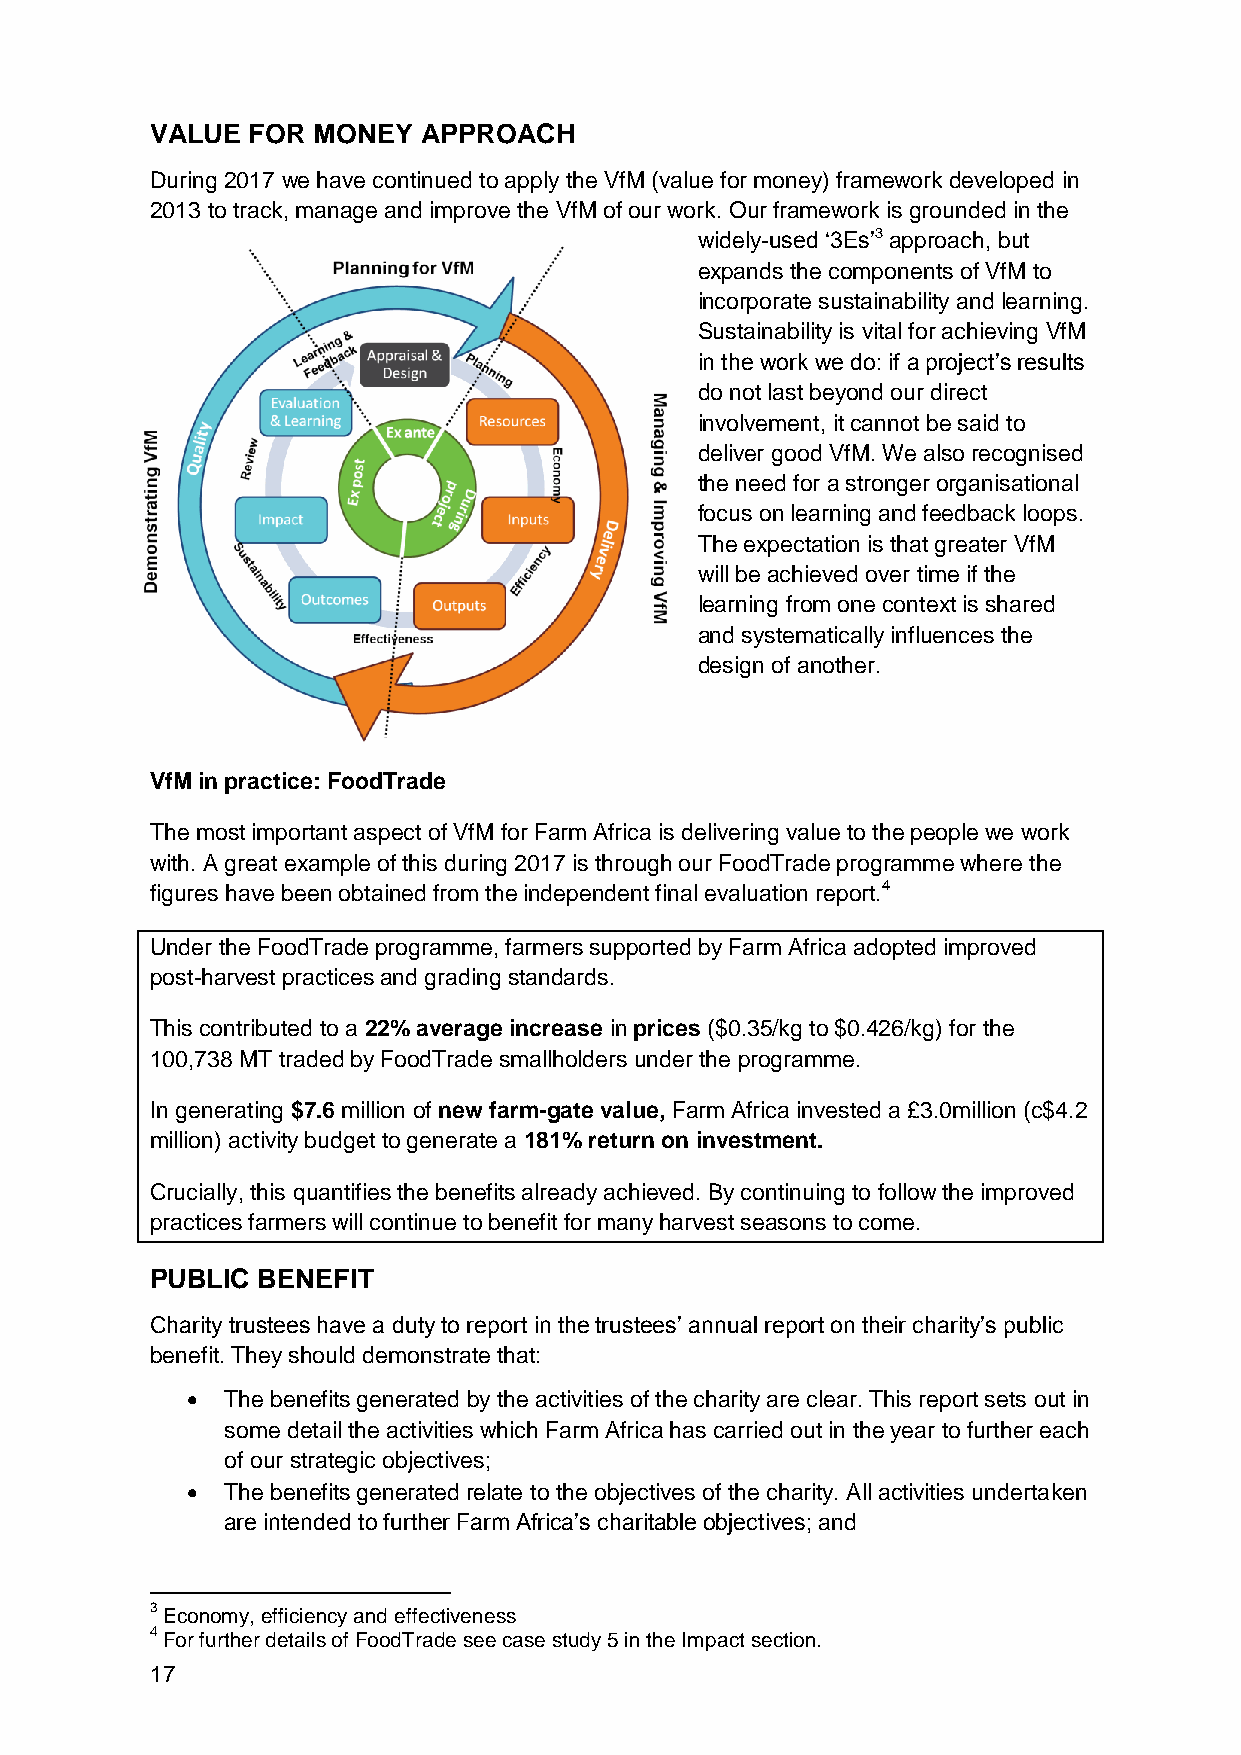
VALUE FOR  MONEY  APPROACH
 During 2017 we have continued to apply the VfM (value for money) framework developed in
 2013 to track, manage and improve the VfM of our work. Our framework is grounded in the
 widely-used ‘3Es’3 approach, but
 expands the components of VfM to
 incorporate sustainability and learning.
 Sustainability is vital for achieving VfM
 in the work we do: if a project’s results
 do not last beyond our direct
 involvement, it cannot be said to
 deliver good VfM. We also recognised
 the need for a stronger organisational
 focus on learning and feedback loops.
 The expectation is that greater VfM
 will be achieved over time if the
 learning from one context is shared
 and systematically influences the
 design of another.
 VfM in practice: FoodTrade
 The most important aspect of VfM for Farm Africa is delivering value to the people we work
 with. A great example of this during 2017 is through our FoodTrade programme where the
 figures have been obtained from the independent final evaluation report.4
 Under the FoodTrade programme, farmers supported by Farm Africa adopted improved
 post-harvest practices and grading standards.
 This contributed to a 22% average increase in prices ($0.35/kg to $0.426/kg) for the
 100,738 MT traded by FoodTrade smallholders under the programme.
 In generating $7.6 million of new farm-gate value, Farm Africa invested a £3.0million (c$4.2
 million) activity budget to generate a 181% return on investment.
 Crucially, this quantifies the benefits already achieved. By continuing to follow the improved
 practices farmers will continue to benefit for many harvest seasons to come.
 PUBLIC BENEFIT
 Charity trustees have a duty to report in the trustees’ annual report on their charity’s public
 benefit. They should demonstrate that:
   The benefits generated by the activities of the charity are clear. This report sets out in
 some detail the activities which Farm Africa has carried out in the year to further each
 of our strategic objectives;
   The benefits generated relate to the objectives of the charity. All activities undertaken
 are intended to further Farm Africa’s charitable objectives; and
 3 Economy, efficiency and effectiveness
 4 For further details of FoodTrade see case study 5 in the Impact section.
 17